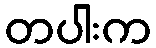
တပါးက